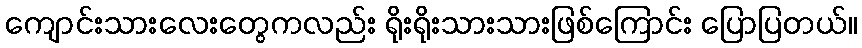
ကျောင်းသားလေးတွေကလည်း ရိုးရိုးသားသားဖြစ်ကြောင်း ပြောပြတယ်။